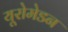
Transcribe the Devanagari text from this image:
यूरोमेडन